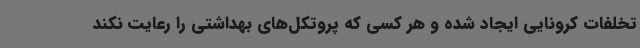
تخلفات کرونایی ایجاد شده و هر کسی که پروتکل‌های بهداشتی را رعایت نکند